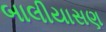
બાલીયાસણ